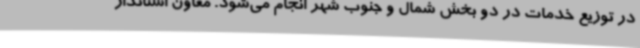
در توزیع خدمات در دو بخش شمال و جنوب شهر انجام می‌شود. معاون استاندار